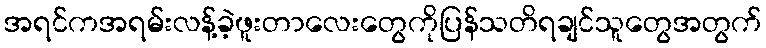
အရင်ကအရမ်းလန့်ခဲ့ဖူးတာလေးတွေကိုပြန်သတိရချင်သူတွေအတွက်